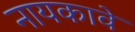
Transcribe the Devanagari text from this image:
नायकावे